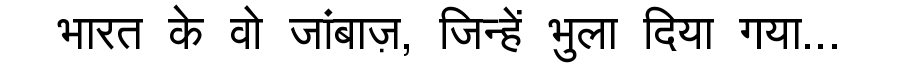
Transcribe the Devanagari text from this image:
भारत के वो जांबाज़, जिन्हें भुला दिया गया...